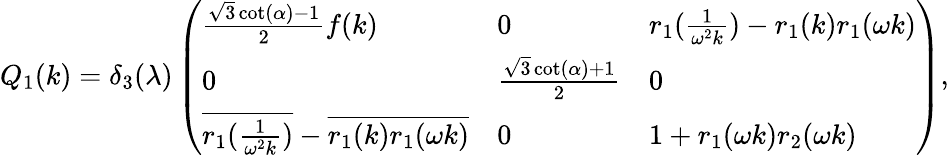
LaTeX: \begin{array}{r}{Q_{1}(k)=\delta_{3}(\lambda)\left(\begin{array}{lll}{\frac{\sqrt{3}\cot(\alpha)-1}{2}f(k)}&{0}&{r_{1}(\frac{1}{\omega^{2}k})-r_{1}(k)r_{1}(\omega k)}\\ {0}&{\frac{\sqrt{3}\cot(\alpha)+1}{2}}&{0}\\ {\overline{{r_{1}(\frac{1}{\omega^{2}k})}}-\overline{{r_{1}(k)r_{1}(\omega k)}}}&{0}&{1+r_{1}(\omega k)r_{2}(\omega k)}\end{array}\right),}\end{array}